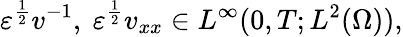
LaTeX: \varepsilon^{\frac{1}{2}}v^{-1},\ \varepsilon^{\frac{1}{2}}v_{xx}\in L^{\infty}(0,T;L^{2}(\Omega)),